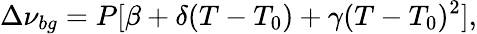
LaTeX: \Delta\nu_{bg}=P[\beta+\delta(T-T_{0})+\gamma(T-T_{0})^{2}],